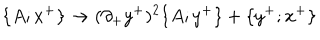
\{ A ; x ^ { + } \} \rightarrow ( \partial _ { + } y ^ { + } ) ^ { 2 } \{ A ; y ^ { + } \} + \{ y ^ { + } ; x ^ { + } \}